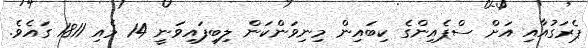
ޕެރަގުއާއި އަށް ސްޕެއިންގެ ކިބައިން މިނިވަންކަން ލިބިފައިވަނީ 14 މެއި 1811 ގައެވެ.